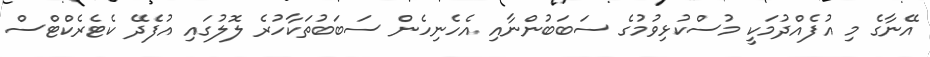
އޭނާގެ މި އުފެއްދުމަކީ މުސްކުޅިވުމުގެ ސަބަބުންނާއި އެހެނިހެން ސަބަބުތަކާހުރެ ލޮލުގައި އުފެދޭ ކެޓެރެކްޓްސް